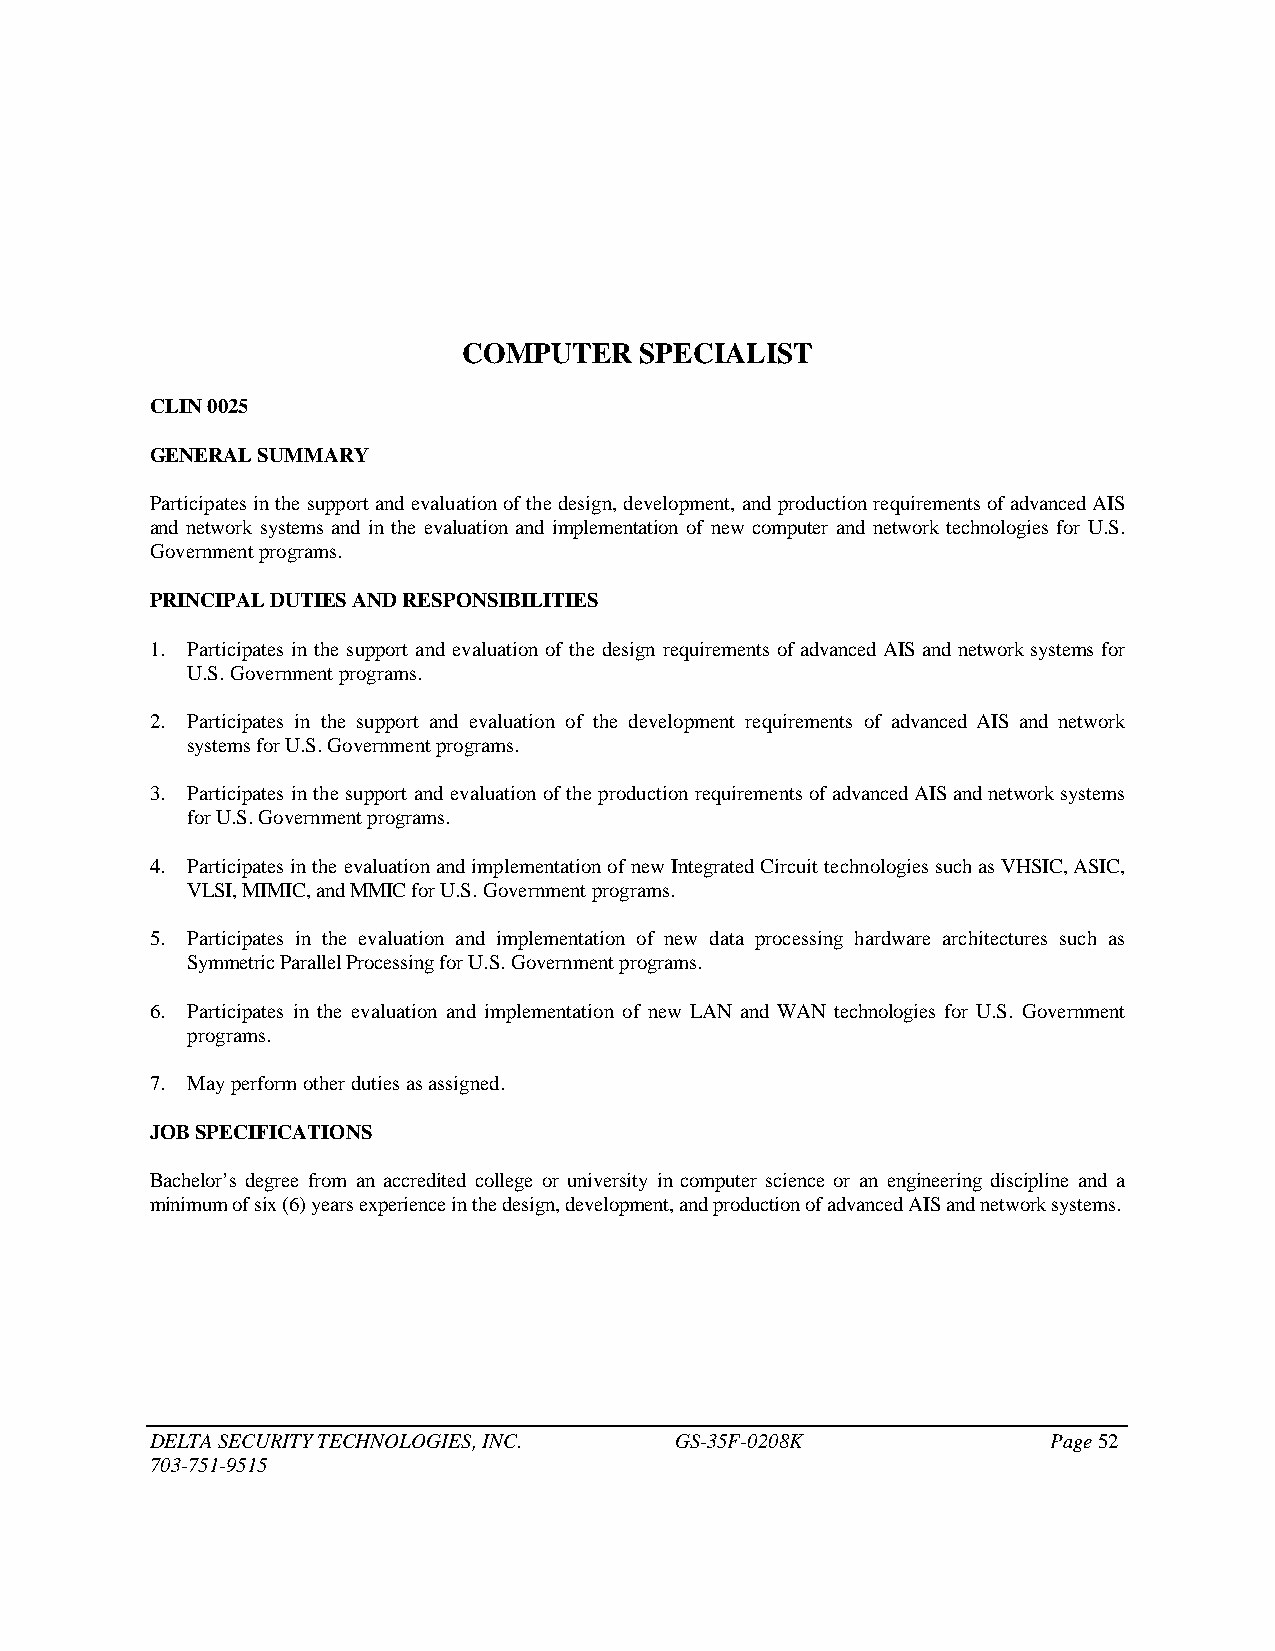
COMPUTER   SPECIALIST
 CLIN 0025
 GENERAL SUMMARY
 Participates in the support and evaluation of the design, development, and production requirements of advanced AIS
 and network systems and in the evaluation and implementation of new computer and network technologies for U.S.
 Government programs.
 PRINCIPAL DUTIES AND RESPONSIBILITIES
 1. Participates in the support and evaluation of the design requirements of advanced AIS and network systems for
 U.S. Government programs.
 2. Participates in the support and evaluation of the development requirements of advanced AIS and network
 systems for U.S. Government programs.
 3. Participates in the support and evaluation of the production requirements of advanced AIS and network systems
 for U.S. Government programs.
 4. Participates in the evaluation and implementation of new Integrated Circuit technologies such as VHSIC, ASIC,
 VLSI, MIMIC, and MMIC for U.S. Government programs.
 5. Participates in the evaluation and implementation of new data processing hardware architectures such as
 Symmetric Parallel Processing for U.S. Government programs.
 6. Participates in the evaluation and implementation of new LAN and WAN technologies for U.S. Government
 programs.
 7. May perform other duties as assigned.
 JOB SPECIFICATIONS
 Bachelor’s degree from an accredited college or university in computer science or an engineering discipline and a
 minimum of six (6) years experience in the design, development, and production of advanced AIS and network systems.
 DELTA SECURITY TECHNOLOGIES, INC.  GS-35F-0208K             Page 52
 703-751-9515